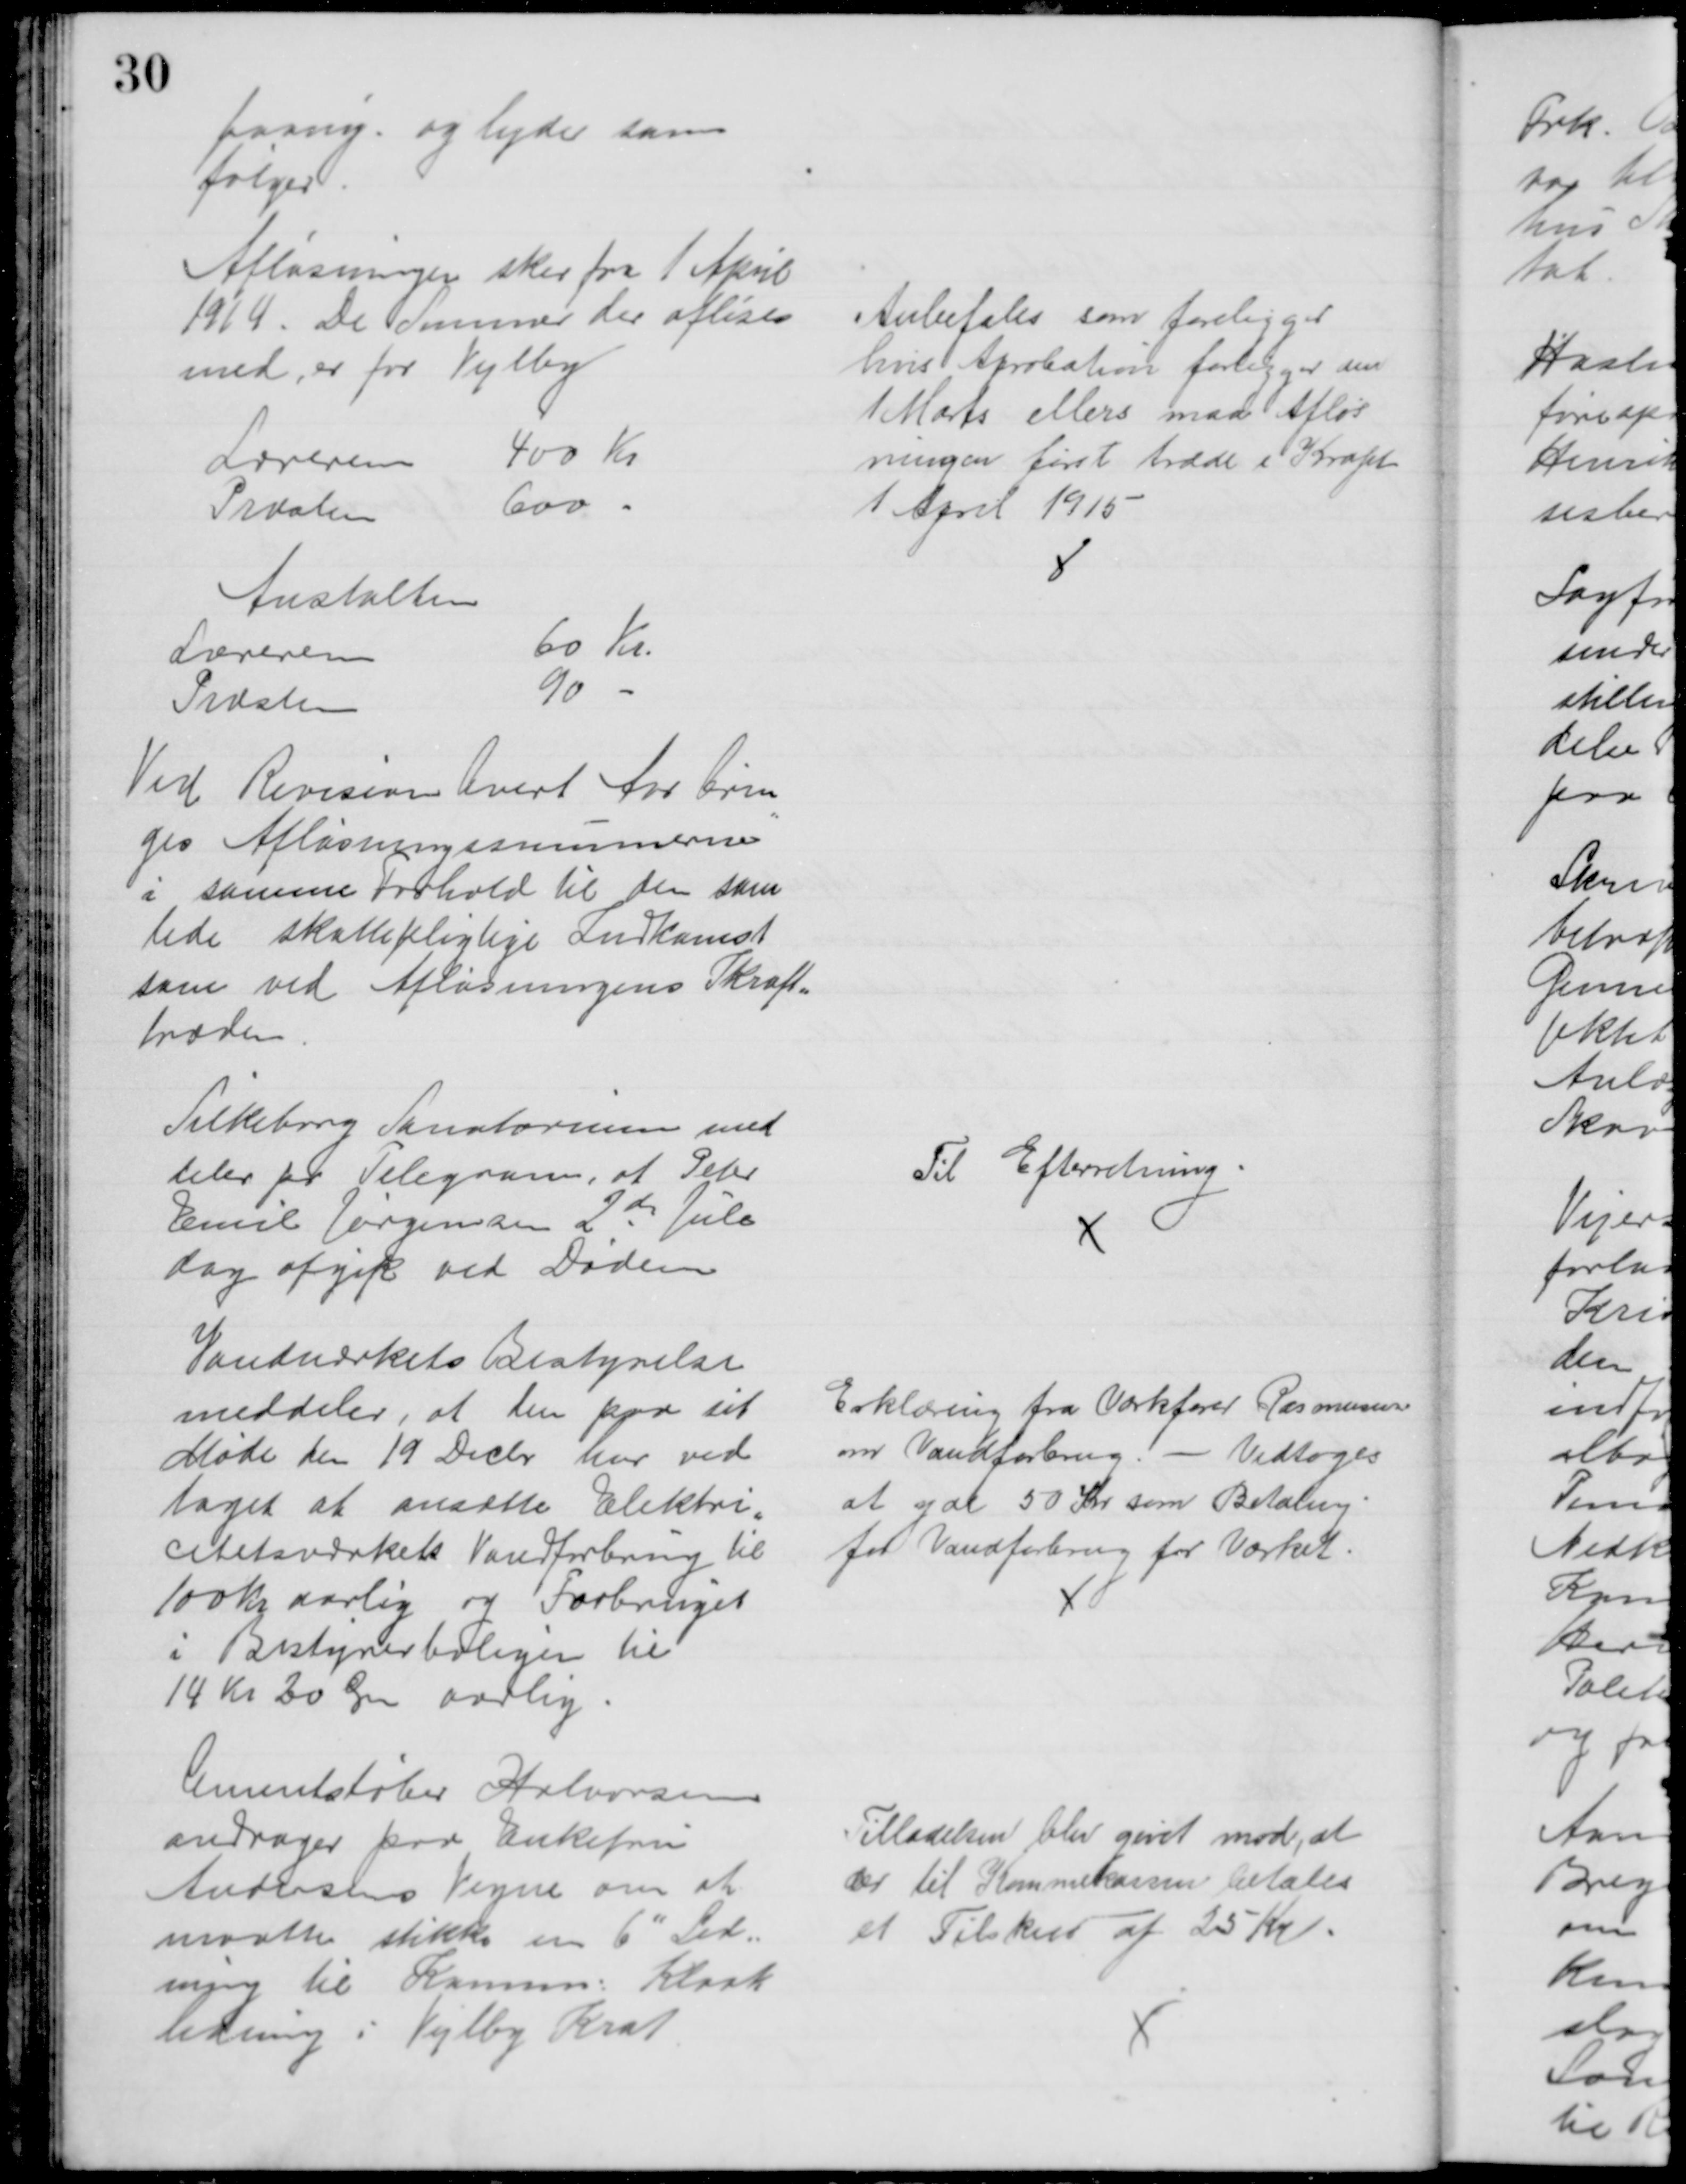
Transskription:
paany og lyder som
følger.
Afløsningen sker fra 1 April
1914. De Summer der afløses
med, er for Vejlby
Læreren
400 Kr
Præsten
600
Anstalten
Læreren
60 Kr.
Præsten
90
Ved Revision hvert Aar brin
=
ges Afløsningssummerne
i samme Forhold til den sam
lede skattepligtige Indkomst
som ved Afløsningens Ikraft=
træden
Anbefales som foreligger
hvis Aprobation forligger den
1 Marts ellers maa Afløs
ningen først træde i Kraft
1 April 1915
Silkeborg Sanatorium med
deler pr Telegram, at Peter
Emil Jørgensen 2de Jule-
dag afgik ved Døden
Til Efterretning
Vandværkets Bestyrelse
meddeler, at den paa sit
Møde den 19 Decbr har ved
taget at ansætte Elektri
=
citetsværkets Vandforbrug til
100 Kr aarlig og Forbruget
i Bestyrerboligen til
14 Kr 20 Øre aarlig.
Erklæring fra Værkfører Rasmussen
om Vandforbrug. - Vedtoges
at yde 50 Kr som Betaling
for Vandforbrug for Værket.
Cementstøber Halvorsen
andrager paa Enkefru
Andersens Vegne om at 
maatte stikke en 6" Led=
ning til Komm. Kloak
ledning i Vejlby Krat
Tilladelsen blev givet mod, at
der til Komunekassen betales
et Tilskud af 25 Kr.